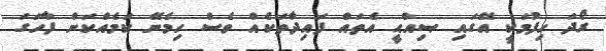
ރޯދަ ހިފުމަކީ އޭގައި ޞިއްޙީ އެތައް ފައިދާތަކެއް ވެސް ހިމެނޭ ކަމެއްކަން ފާހަގަ